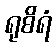
ရုစိရံ